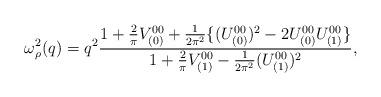
LaTeX: \begin{align*}\omega^{2}_{\rho}(q) = q^{2} \frac{ 1 + \frac{2}{\pi} V_{(0)}^{00} + \frac{1}{2 \pi ^{2}}\{(U_{(0)}^{00})^{2} - 2 U_{(0)}^{00} U_{(1)}^{00}\} }{1 + \frac{2}{\pi} V_{(1)}^{00} - \frac{1}{2 \pi ^{2}} (U_{(1)}^{00})^{2}}, \end{align*}